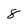
Character: 8